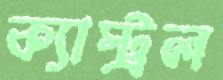
ক্যাস্ট্রল